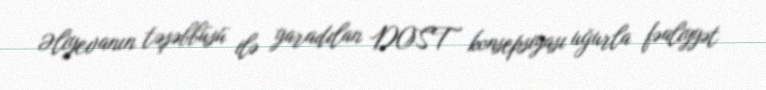
Əliyevanın təşəbbüsü ilə yaradılan DOST konsepsiyası uğurla fəaliyyət